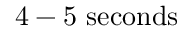
\mathrm { 4 - 5 ~ s e c o n d s }